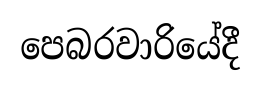
පෙබරවාරියේදී